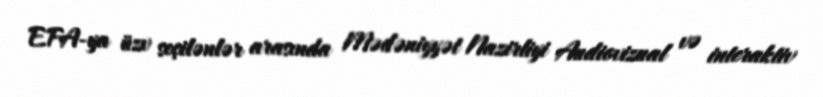
EFA-ya üzv seçilənlər arasında Mədəniyyət Nazirliyi Audiovizual və interaktiv